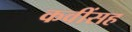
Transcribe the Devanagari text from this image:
कवींसह